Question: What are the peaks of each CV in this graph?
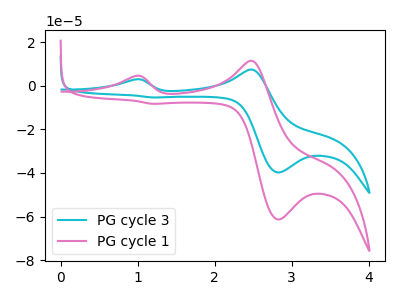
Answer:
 <answer>The cyan curve "PG cycle 3" has anodic peaks at (0.95V, 2.90uA) (2.45V, 7.40uA) and cathodic peaks at (2.85V, -39.75uA) (1.20V, -5.35uA). The pink curve "PG cycle 1" has anodic peaks at (0.95V, 4.50uA) (2.45V, 11.45uA) and cathodic peaks at (2.85V, -61.35uA) (1.20V, -8.30uA).</answer>
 <eval></eval>